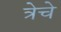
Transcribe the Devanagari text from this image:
त्रेचे